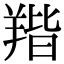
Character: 𦎥